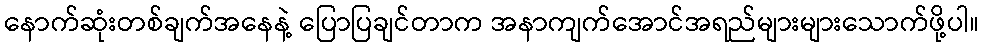
နောက်ဆုံးတစ်ချက်အနေနဲ့ ပြောပြချင်တာက အနာကျက်အောင်အရည်များများသောက်ဖို့ပါ။